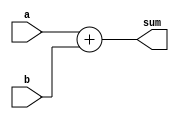
`timescale 1ns / 1ps
//////////////////////////////////////////////////////////////////////////////////
// Company: 
// Engineer: 
// 
// Design Name: 
// Module Name: adder_24bit
// Project Name: 
// Target Devices: 
// Tool Versions: 
// Description: 
// 
// Dependencies: 
// 
// Revision:
// Revision 0.01 - File Created
// Additional Comments:
// 
//////////////////////////////////////////////////////////////////////////////////


module adder_24bit(a,b, sum);
input [23:0] a,b;
output [23:0] sum ; 
assign sum = a + b;
endmodule